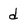
Character: d